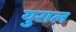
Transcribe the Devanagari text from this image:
युराल